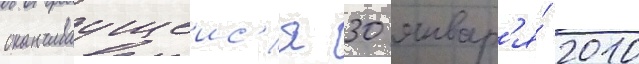
оканчиваущеис'я 30 январ'я́ 2010